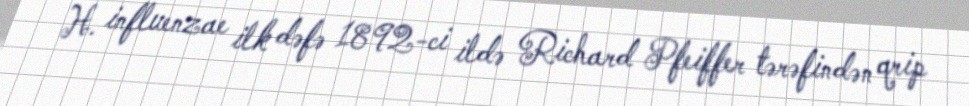
H. influenzae ilk dəfə 1892-ci ildə Richard Pfeiffer tərəfindən qrip